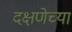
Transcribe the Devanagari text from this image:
दक्षणेच्या